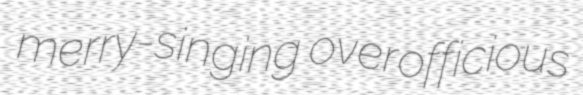
merry-singing overofficious